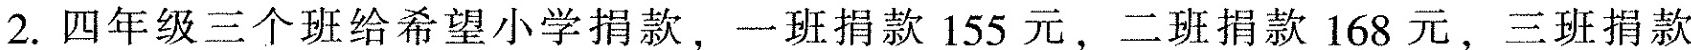
2.四年级三个班给希望小学捐款，一班捐款155元，二班捐款168元，三班捐款